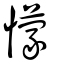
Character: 懞